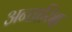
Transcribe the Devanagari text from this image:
अन्तारिक्ष